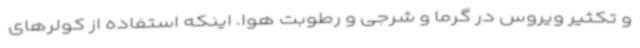
و تکثیر ویروس در گرما و شرجی و رطوبت هوا. اینکه استفاده از کولرهای